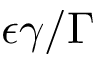
\epsilon \gamma / \Gamma